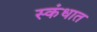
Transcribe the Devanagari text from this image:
स्कंधात